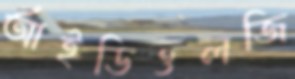
আইডিওলজি